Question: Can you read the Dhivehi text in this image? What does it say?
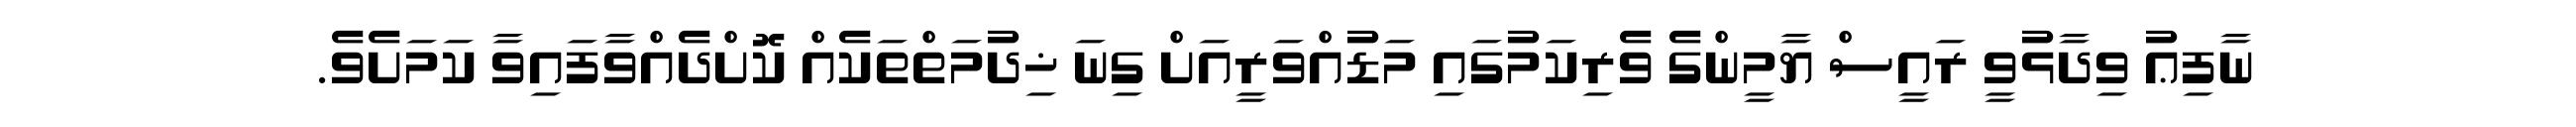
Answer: ނާފިޢު ވިދާޅުވީ ރައީސް ޔާމީންގެ ވެރިކަމުގައި މަޑުއްވަރީއަށް ގިނަ ޚިދުމަތްތަކެއް ކޮށްދެއްވާފައިވާ ކަމަށެވެ.